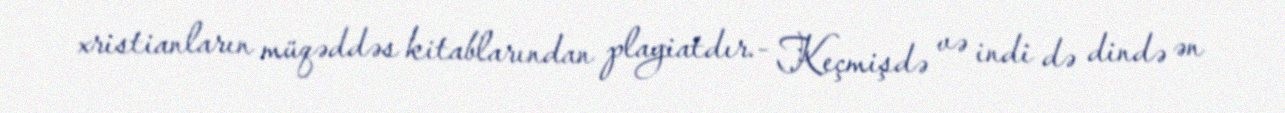
xristianların müqəddəs kitablarından plagiatdır.- Keçmişdə və indi də dində ən